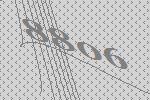
8806